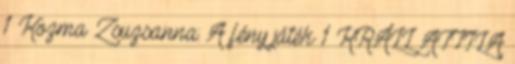
1 Kozma Zsuzsanna: A fény játék 1 KRÁLL ATTILA